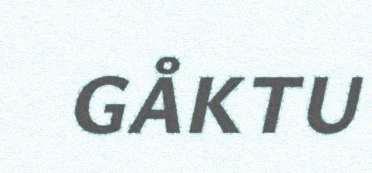
GÅKTU